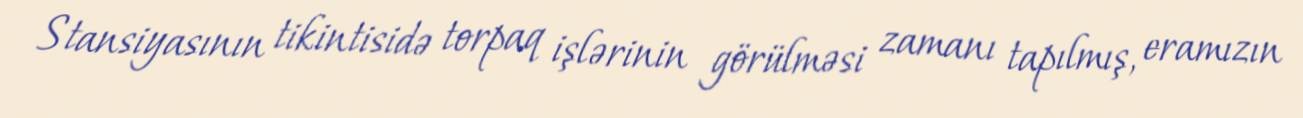
Stansiyasının tikintisidə torpaq işlərinin görülməsi zamanı tapılmış, eramızın